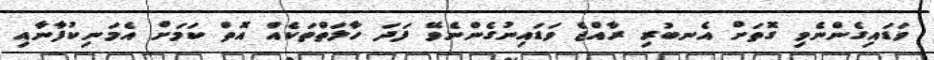
ވަޑައިގެންނެވި ގޮތަށް އެނބުރި ރާއްޖެ ވަޑައިނުގެންނެވޭ ފަދަ ހާލަތްތަކެއް އޮތް ކަމަށް އެމަނިކުފާނާއި